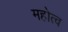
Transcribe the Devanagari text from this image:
महोत्व